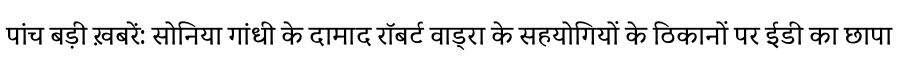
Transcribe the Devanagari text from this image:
पांच बड़ी ख़बरें: सोनिया गांधी के दामाद रॉबर्ट वाड्रा के सहयोगियों के ठिकानों पर ईडी का छापा